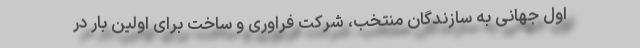
اول جهانی به سازندگان منتخب، شرکت فراوری و ساخت برای اولین بار در